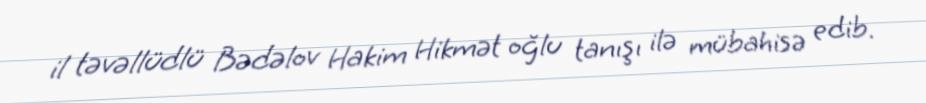
il təvəllüdlü Bədəlov Hakim Hikmət oğlu tanışı ilə mübahisə edib.